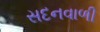
સદનવાળી